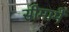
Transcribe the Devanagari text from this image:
सीमामें